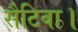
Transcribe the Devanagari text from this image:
सैटिवा।